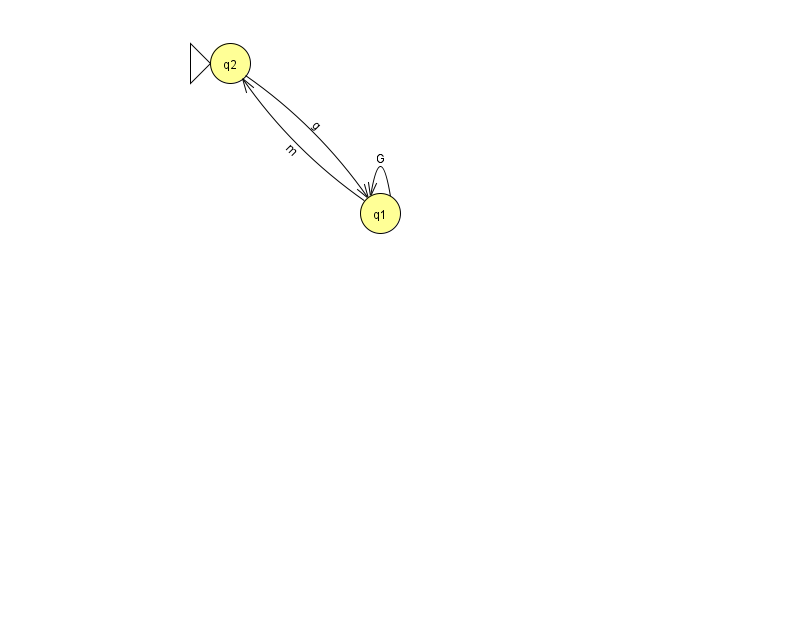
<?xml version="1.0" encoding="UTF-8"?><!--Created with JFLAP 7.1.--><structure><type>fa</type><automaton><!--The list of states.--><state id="1" name="q1"><x>380.0</x><y>200.0</y></state><state id="2" name="q2"><x>230.0</x><y>50.0</y><initial/></state><!--The list of transitions.--><transition><from>1</from><to>2</to><read>m</read></transition><transition><from>1</from><to>1</to><read>G</read></transition><transition><from>2</from><to>1</to><read>g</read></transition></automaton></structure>